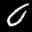
Label: 0